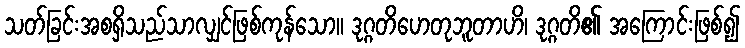
သတ်ခြင်းအစရှိသည်သာလျှင်ဖြစ်ကုန်သော။ ဒုဂ္ဂတိဟေတုဘူတာဟိ၊ ဒုဂ္ဂတိ၏ အကြောင်းဖြစ်၍